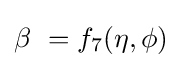
\beta \ =f_{7}(\eta ,\phi )